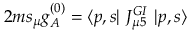
2 m s _ { \mu } g _ { A } ^ { ( 0 ) } = \langle p , s | \ J _ { \mu 5 } ^ { G I } \ | p , s \rangle